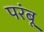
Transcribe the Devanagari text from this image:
परंबू